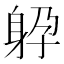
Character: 𨈯